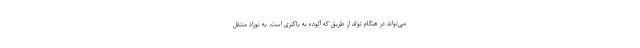
می‌تواند در هنگام تولد از طریق که آلوده به باکتری است، به نوزاد منتقل